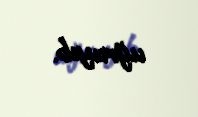
uğrayıb.